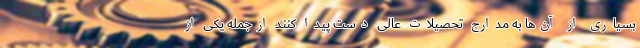
بسیاری از آن‌ها به مدارج تحصیلات عالی دست پیدا کنند ازجمله یکی از